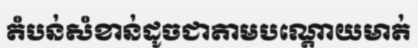
តំបន់សំខាន់ដូចជាតាមបណ្តោយមាត់